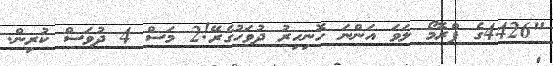
"4426ގެ ޕްރޮމޯ ލަވަ އަންނަ ހޮނިހިރު ދުވަހުގެރޭ!2 މަސް 4 ދުވަސް ކުރިން.